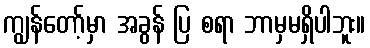
ကျွန်တော့်မှာ အခွန် ပြ စရာ ဘာမှမရှိပါဘူး။